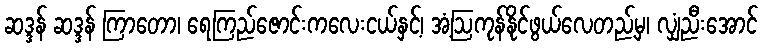
ဆဒ္ဒန် ဆဒ္ဒန် ကြာတော၊ ရေကြည်ဇောင်းကလေးငယ်နှင့်၊ အံ့ဩကုန်နိုင်ဖွယ်လေတည့်မှ၊ လျှံညီးအောင်